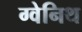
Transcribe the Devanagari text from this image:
ग्वेनिथ